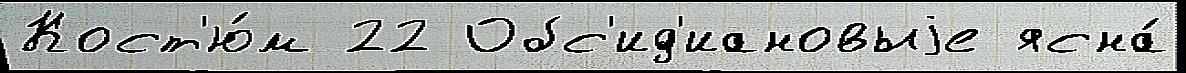
Кост'ю́м 22 Обс'ид'иановыjе ясна́